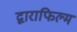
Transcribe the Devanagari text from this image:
द्वाराफिल्म